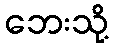
ဘေးသို့